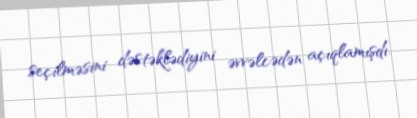
seçilməsini dəstəklədiyini əvvəlcədən açıqlamışdı.